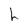
Character: h